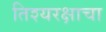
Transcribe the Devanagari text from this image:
तिश्यरक्षाचा